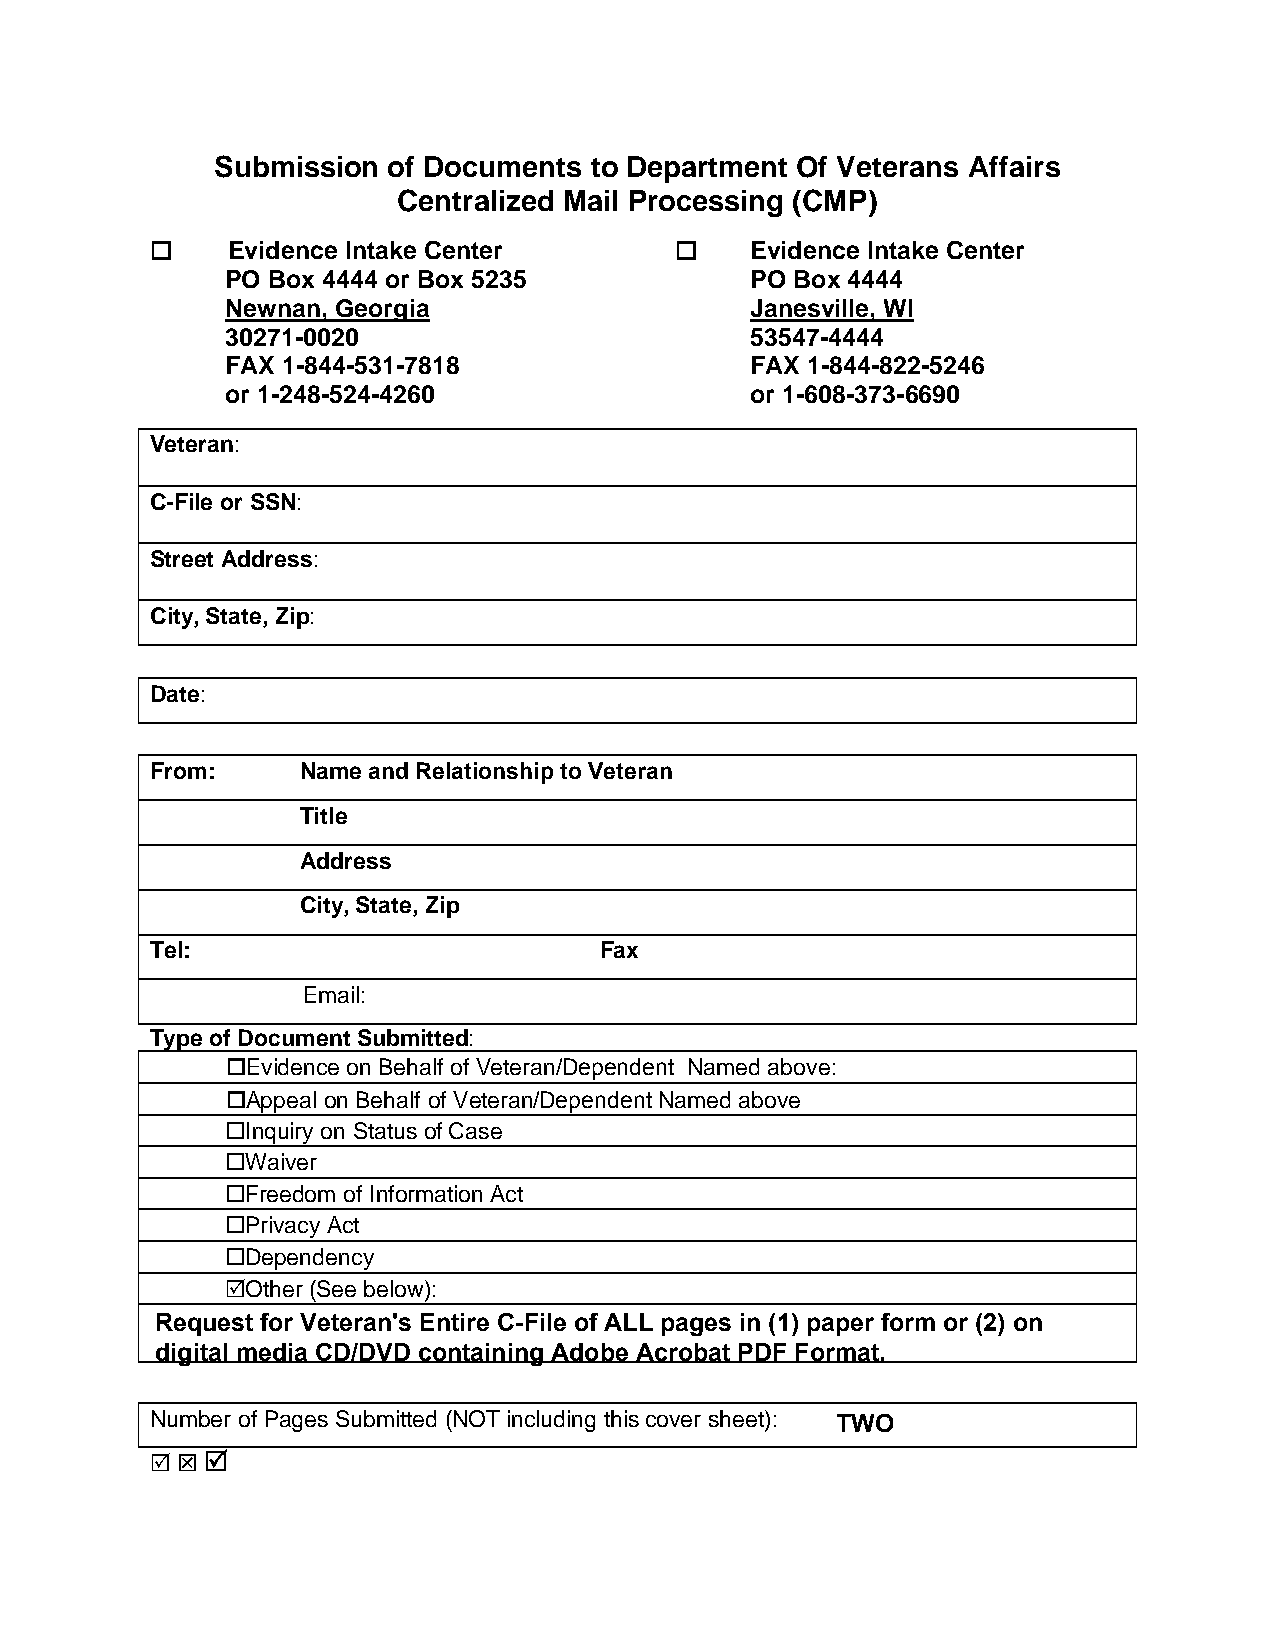
Submission  of Documents to Department Of Veterans Affairs
 Centralized Mail Processing (CMP)
     Evidence Intake Center            Evidence Intake Center
 PO Box 4444 or Box 5235            PO Box 4444
 Newnan, Georgia                    Janesville, WI
 30271-0020                         53547-4444
 FAX 1-844-531-7818                 FAX 1-844-822-5246
 or 1-248-524-4260                  or 1-608-373-6690
 Veteran:
 C-File or SSN:
 Street Address:
 City, State, Zip:
 Date:
 From:     Name and Relationship to Veteran
 Title
 Address
 City, State, Zip
 Tel:                          Fax
 Email:
 Type of Document Submitted:
 Evidence on Behalf of Veteran/Dependent Named above:
 Appeal on Behalf of Veteran/Dependent Named above
 Inquiry on Status of Case
 Waiver
 Freedom of Information Act
 Privacy Act
 Dependency
 Other (See below):
 Request for Veteran's Entire C-File of ALL pages in (1) paper form or (2) on
 digital media CD/DVD containing Adobe Acrobat PDF Format.
 Number of Pages Submitted (NOT including this cover sheet): TWO
   